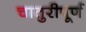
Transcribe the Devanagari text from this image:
चातुरीपूर्ण